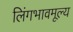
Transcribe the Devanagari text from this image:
लिंगभावमूल्य